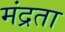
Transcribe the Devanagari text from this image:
मंद्रता